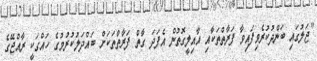
"ޖަލުގައި ބަންދުކުރެވިފައިވާ ފަރާތްތަކާއި އާއިލީގޮތުން އެފަދަ ގާތް ފަރާތްތަކަށް ބައްދަލުކުރުމުގެ ހައްގަކީ ރާއްޖޭގެ